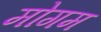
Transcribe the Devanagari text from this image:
मोगम